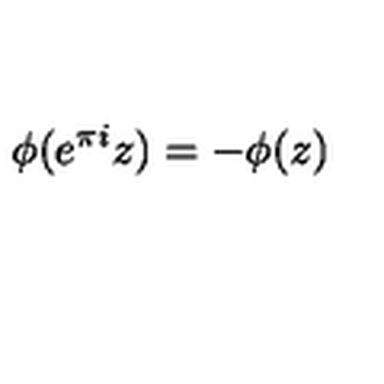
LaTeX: \phi ( e ^ { \pi i } z ) = - \phi ( z )